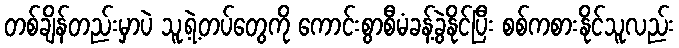
တစ်ချိန်တည်းမှာပဲ သူ့ရဲ့တပ်တွေကို ကောင်းစွာစီမံခန့်ခွဲနိုင်ပြီး စစ်ကစားနိုင်သူလည်း